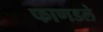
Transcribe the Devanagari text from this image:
फाणडले